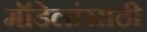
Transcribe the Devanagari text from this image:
मॉडेलांसाठी